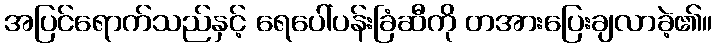
အပြင်ရောက်သည်နှင့် ရေပေါ်ပန်းခြံဆီကို တအားပြေးချလာခဲ့၏။